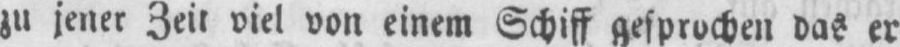
zu jener Zeit viel von einem Schiff gesprochen das er